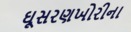
ઘૂસરણખોરીના